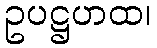
ဥပဋ္ဌဟထ၊